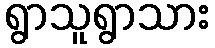
ရွာသူရွာသား